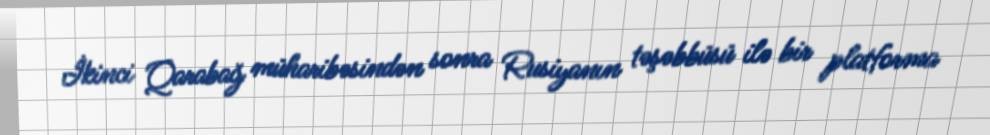
İkinci Qarabağ müharibəsindən sonra Rusiyanın təşəbbüsü ilə bir platforma